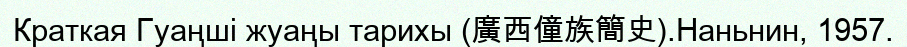
Краткая Гуаңші жуаңы тарихы (廣西僮族簡史).Наньнин, 1957.